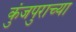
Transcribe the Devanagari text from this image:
कुंजपुराच्या